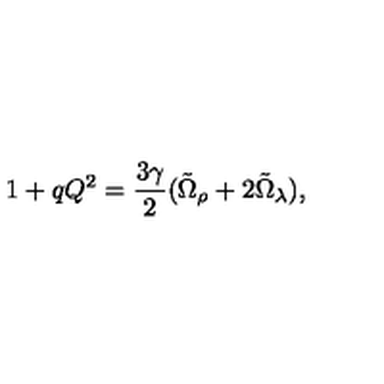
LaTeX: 1 + q Q ^ { 2 } = \frac { 3 \gamma } { 2 } ( \tilde { \Omega } _ { \rho } + 2 \tilde { \Omega } _ { \lambda } ) ,